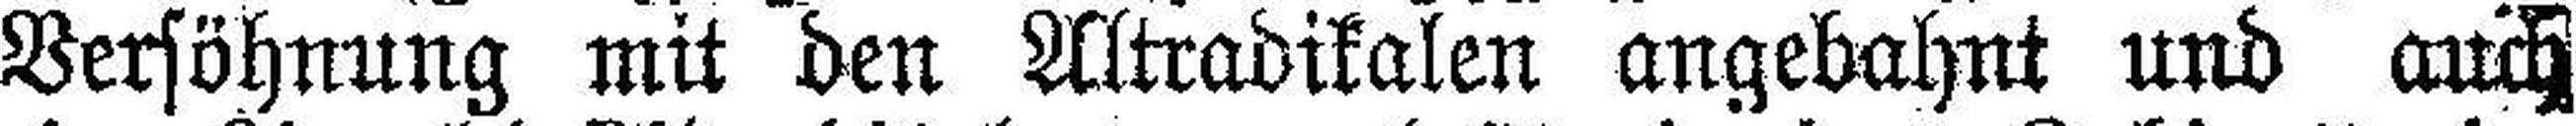
Versöhnung mit den Altradikalen angebahnt und auch